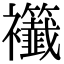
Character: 𧟖